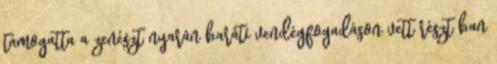
támogatta a zenészt nyarán baráti vendégfogadáson vett részt ban